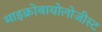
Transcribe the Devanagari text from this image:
माइक्रोबायोलोजीस्ट